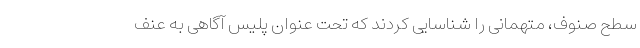
سطح صنوف، متهمانی را شناسایی کردند که تحت عنوان پلیس آگاهی به عنف